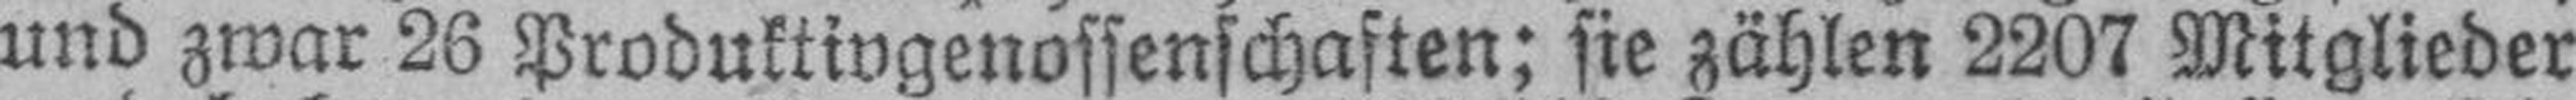
und zwar 26 Produktivgenossenschaften; sie zählen 2207 Mitglieder